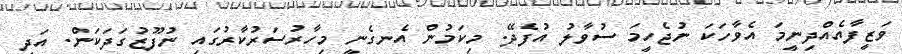
ވަޒީފާއެއްދިނީމަ އެވާހަކަ ނުޖެހީމަ ސުވާލު އުފެދޭ. މިކަމުން އެނގެނީ މިހާރުސަރުކާރުގައި ނުފޫޒުގަދަކަން. އަދި